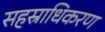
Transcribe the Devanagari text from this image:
सहस्राधिकरण